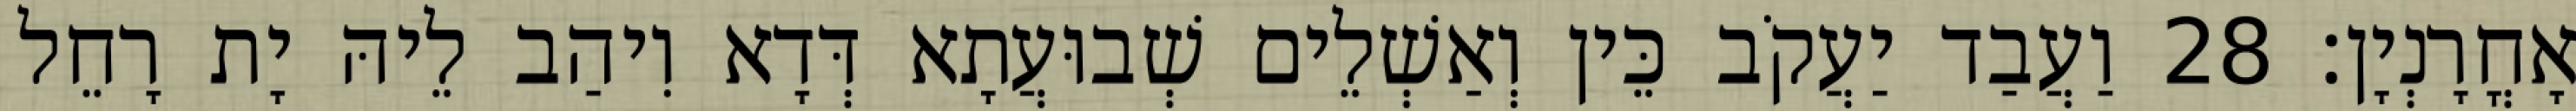
אָחֳרָנְיָן׃ 28 וַעֲבַד יַעֲקֹב כֵּין וְאַשְׁלֵים שְׁבוּעֲתָא דְּדָא וִיהַב לֵיהּ יָת רָחֵל